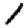
Digit: 1